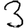
Digit: 3